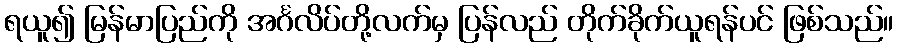
ရယူ၍ မြန်မာပြည်ကို အင်္ဂလိပ်တို့လက်မှ ပြန်လည် တိုက်ခိုက်ယူရန်ပင် ဖြစ်သည်။